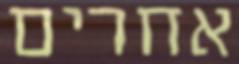
אחרים